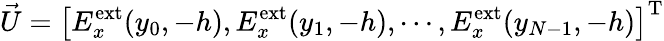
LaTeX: \vec{U}=\left[E_{x}^{\mathrm{ext}}(y_{0},-h),E_{x}^{\mathrm{ext}}(y_{1},-h),\cdots,E_{x}^{\mathrm{ext}}(y_{N-1},-h)\right]^{\mathrm{T}}